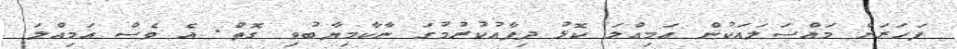
ފަހަރަށް މައްސަލައަކުން އަމިއްލަ ކޮޅު ދިފާޢުކުރުމުގަ ނާކާމިޔާބުވި ގޮތް. އެ ވެސް އަމިއްލަ